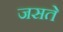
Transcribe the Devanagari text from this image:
जसते